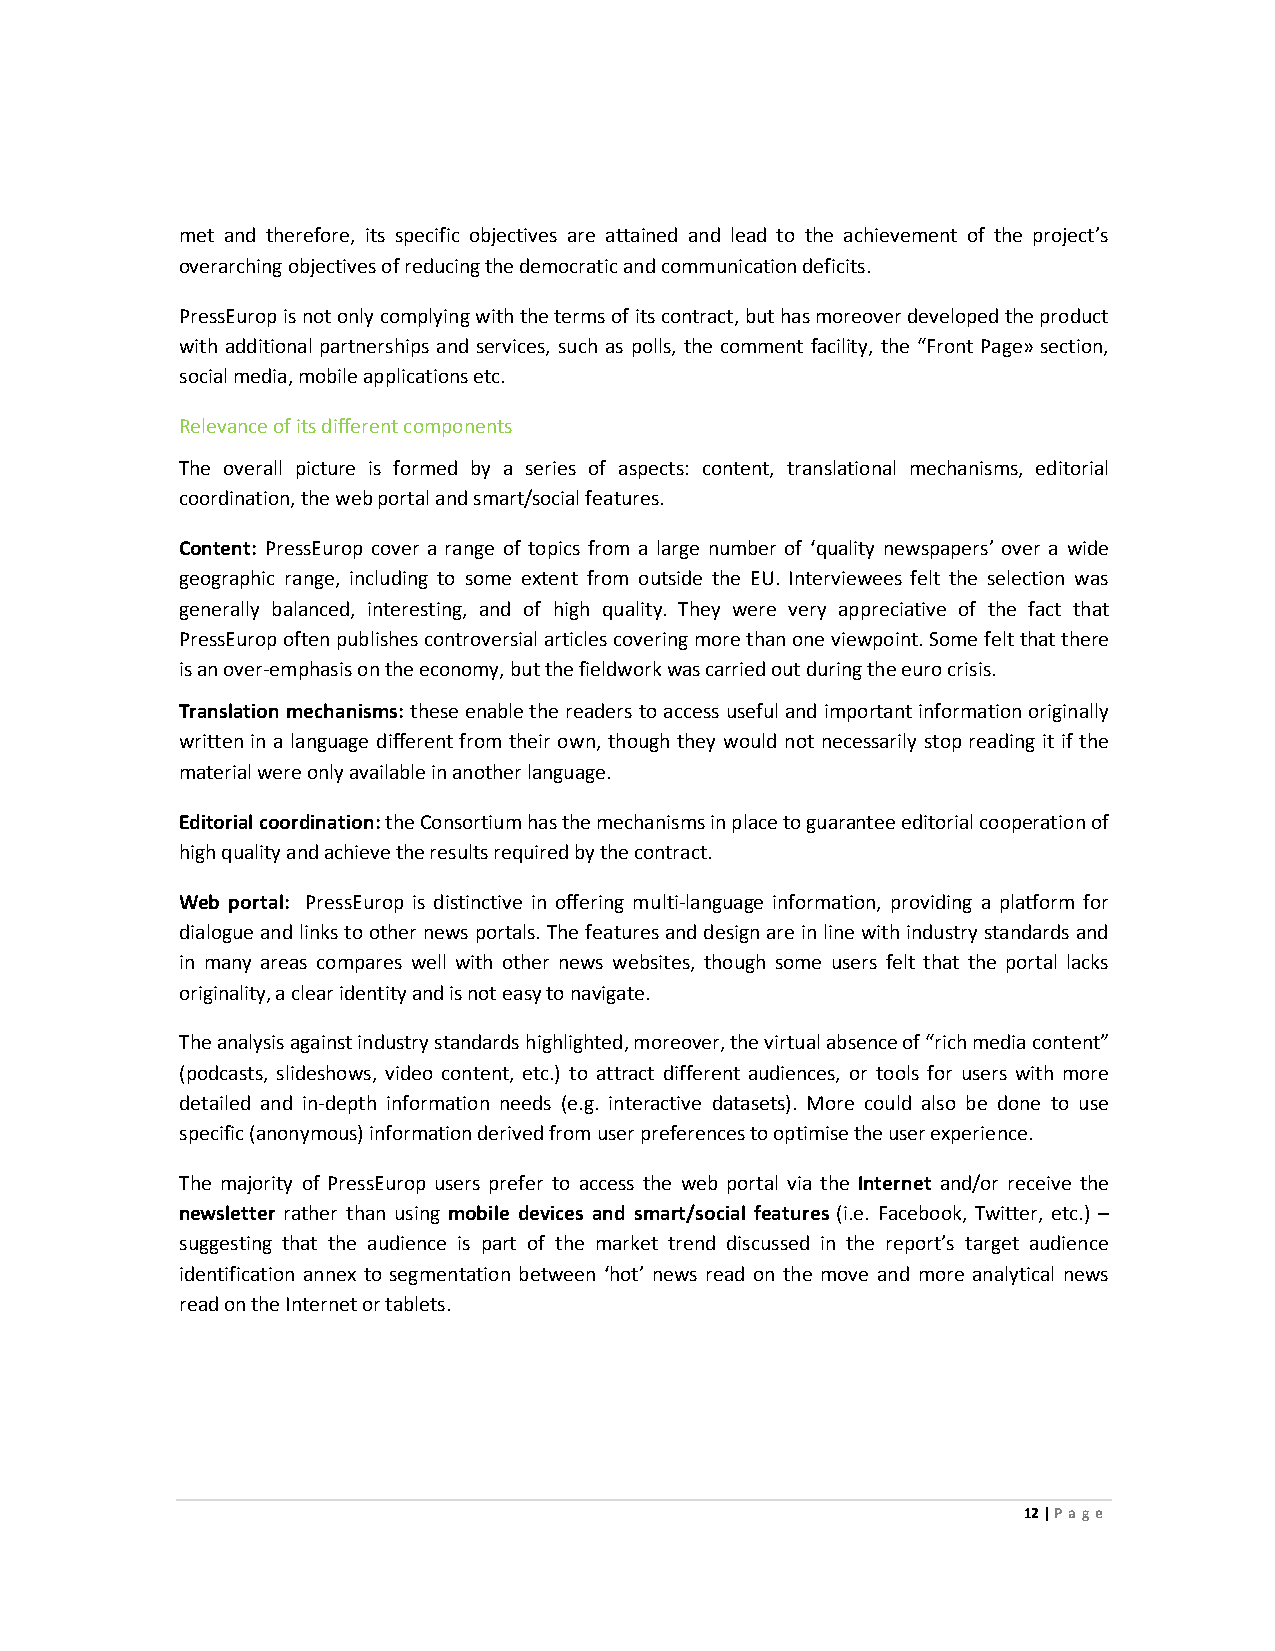
met and therefore, its specific objectives are attained and lead to the achievement of the project’s
 overarching objectives of reducing the democratic and communication deficits.
 PressEurop is not only complying with the terms of its contract, but has moreover developed the product
 with additional partnerships and services, such as polls, the comment facility, the “Front Page» section,
 social media, mobile applications etc.
 Relevance of its different components
 The overall picture is formed by a series of aspects: content, translational mechanisms, editorial
 coordination, the web portal and smart/social features.
 Content: PressEurop cover a range of topics from a large number of ‘quality newspapers’ over a wide
 geographic range, including to some extent from outside the EU. Interviewees felt the selection was
 generally balanced, interesting, and of high quality. They were very appreciative of the fact that
 PressEurop often publishes controversial articles covering more than one viewpoint. Some felt that there
 is an over-emphasis on the economy, but the fieldwork was carried out during the euro crisis.
 Translation mechanisms: these enable the readers to access useful and important information originally
 written in a language different from their own, though they would not necessarily stop reading it if the
 material were only available in another language.
 Editorial coordination: the Consortium has the mechanisms in place to guarantee editorial cooperation of
 high quality and achieve the results required by the contract.
 Web portal: PressEurop is distinctive in offering multi-language information, providing a platform for
 dialogue and links to other news portals. The features and design are in line with industry standards and
 in many areas compares well with other news websites, though some users felt that the portal lacks
 originality, a clear identity and is not easy to navigate.
 The analysis against industry standards highlighted, moreover, the virtual absence of “rich media content”
 (podcasts, slideshows, video content, etc.) to attract different audiences, or tools for users with more
 detailed and in-depth information needs (e.g. interactive datasets). More could also be done to use
 specific (anonymous) information derived from user preferences to optimise the user experience.
 The majority of PressEurop users prefer to access the web portal via the Internet and/or receive the
 newsletter rather than using mobile devices and smart/social features (i.e. Facebook, Twitter, etc.) –
 suggesting that the audience is part of the market trend discussed in the report’s target audience
 identification annex to segmentation between ‘hot’ news read on the move and more analytical news
 read on the Internet or tablets.
 12 | Page